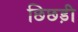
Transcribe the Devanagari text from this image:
छिछड़ी